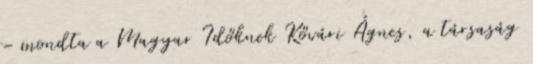
– mondta a Magyar Időknek Kővári Ágnes, a társaság